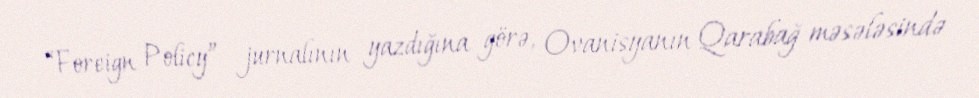
“Foreign Policy” jurnalının yazdığına görə, Ovanisyanın Qarabağ məsələsində